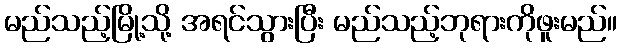
မည်သည့်မြို့သို့ အရင်သွားပြီး မည်သည့်ဘုရားကိုဖူးမည်။